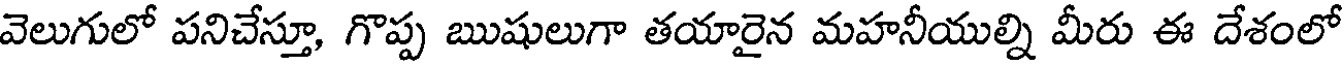
వెలుగులో పనిచేస్తూ, గొప్ప ఋషులుగా తయారైన మహనీయుల్ని మీరు ఈ దేశంలో